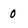
Character: 0